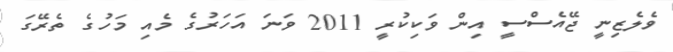
ވެލެޒިނީ ޖޭއެސްސީ އިން ވަކިކުރީ 2011 ވަނަ އަހަރުގެ މެއި މަހުގެ ތެރޭގަ